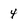
Character: 4